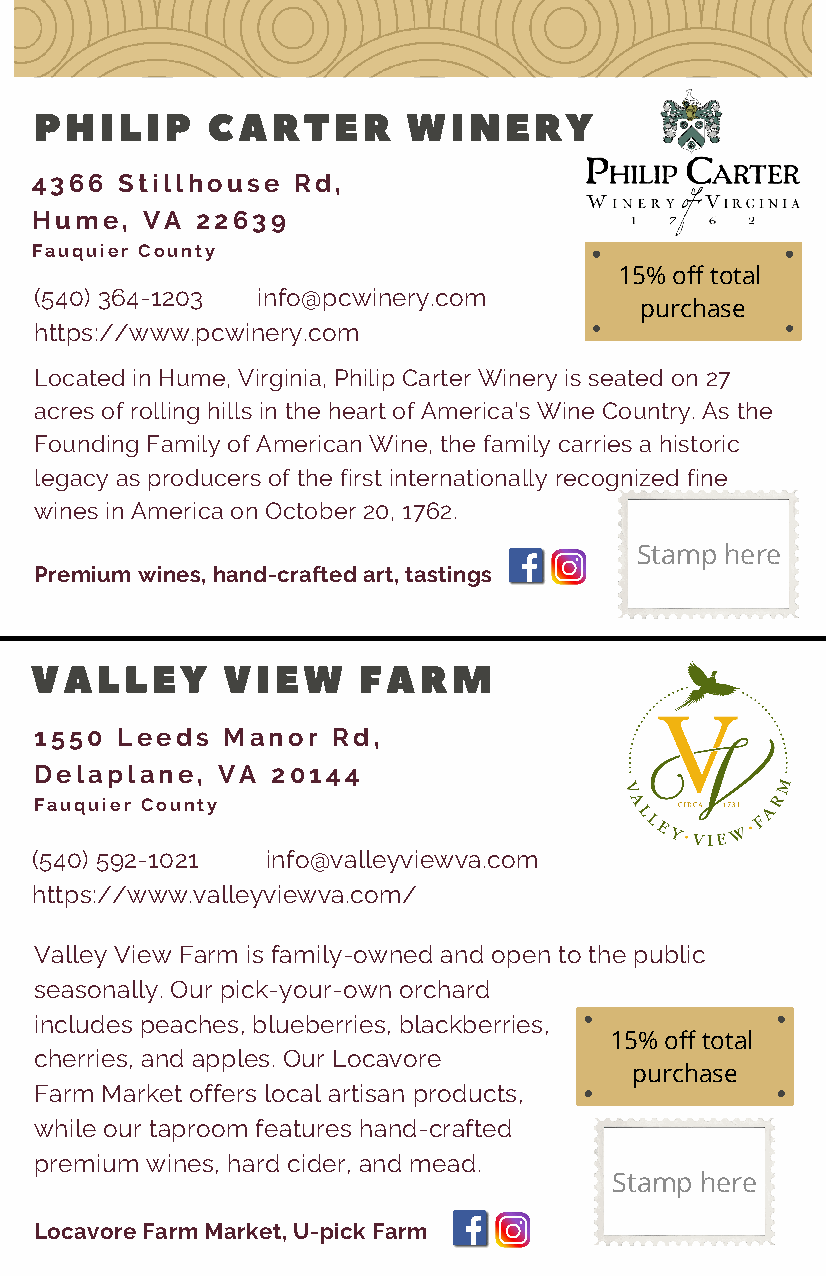
PHILIP      CARTER       WINERY
 4366  Stillhouse Rd,
 Hume,  VA  22639
 Fauquier County
 15% off total
 (540) 364-1203 info@pcwinery.com
 purchase
 https://www.pcwinery.com
 Located in Hume, Virginia, Philip Carter Winery is seated on 27
 acres of rolling hills in the heart of America's Wine Country. As the
 Founding Family of American Wine, the family carries a historic
 legacy as producers of the first internationally recognized fine
 wines in America on October 20, 1762.
 Stamp here
 Premium wines, hand-crafted art, tastings
 VALLEY       VIEW     FARM
 1550  Leeds  Manor  Rd,
 Delaplane,  VA  20144
 Fauquier County
 (540) 592-1021  info@valleyviewva.com
 https://www.valleyviewva.com/
 Valley View Farm is family-owned and open to the public
 seasonally. Our pick-your-own orchard
 includes peaches, blueberries, blackberries,
 15% off total
 cherries, and apples. Our Locavore
 purchase
 Farm Market offers local artisan products,
 while our taproom features hand-crafted
 premium wines, hard cider, and mead.
 Stamp here
 Locavore Farm Market, U-pick Farm